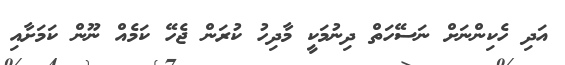
އަދި ހެކިންނަށް ނަސޭހަތް ދިނުމަކީ މާދިހު ކުރަން ޖެހޭ ކަމެއް ނޫން ކަމަށާއި